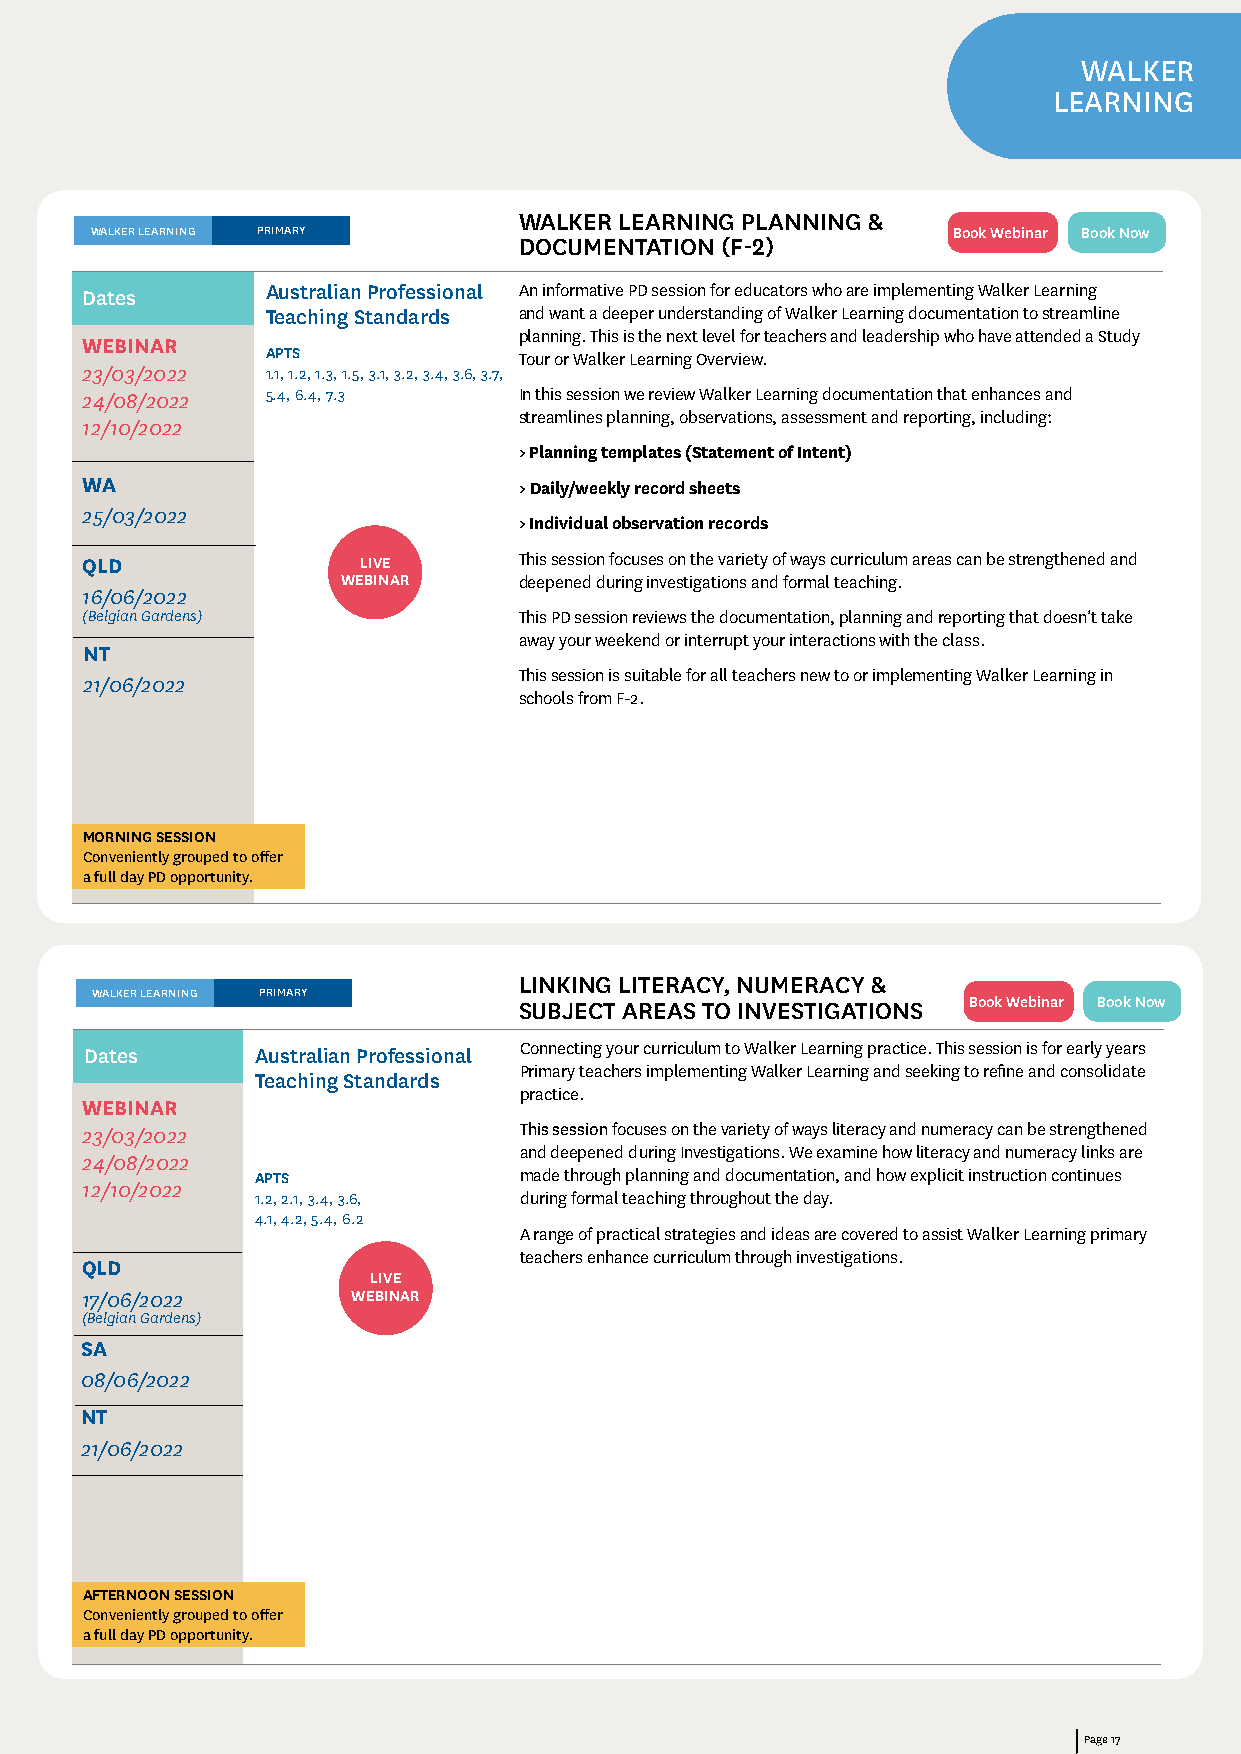
WALKER
 LEARNING
 WALKER LEARNING PLANNING &
 WALKER LEARNING PRIMARY                                  Book Webinar Book Now
 DOCUMENTATION (F-2)
 Dates        Australian Professional An informative PD session for educators who are implementing Walker Learning
 Teaching Standards and want a deeper understanding of Walker Learning documentation to streamline
 planning. This is the next level for teachers and leadership who have attended a Study
 WEBINAR
 APTS            Tour or Walker Learning Overview.
 23/03/2022   1.1, 1.2, 1.3, 1.5, 3.1, 3.2, 3.4, 3.6, 3.7,
 24/08/2022   5.4, 6.4, 7.3   In this session we review Walker Learning documentation that enhances and
 streamlines planning, observations, assessment and reporting, including:
 12/10/2022
 > Planning templates (Statement of Intent)
 WA                           > Daily/weekly record sheets
 25/03/2022
 > Individual observation records
 QLD                LIVE      This session focuses on the variety of ways curriculum areas can be strengthened and
 WEBINAR    deepened during investigations and formal teaching.
 16/06/2022
 (Belgian Gardens)            This PD session reviews the documentation, planning and reporting that doesn’t take
 away your weekend or interrupt your interactions with the class.
 NT
 This session is suitable for all teachers new to or implementing Walker Learning in
 21/06/2022
 schools from F-2.
 MORNING SESSION
 Conveniently grouped to offer
 a full day PD opportunity.
 LINKING LITERACY, NUMERACY &
 WALKER LEARNING PRIMARY
 SUBJECT AREAS TO INVESTIGATIONS Book Webinar Book Now
 Dates      Australian Professional Connecting your curriculum to Walker Learning practice. This session is for early years
 Primary teachers implementing Walker Learning and seeking to refine and consolidate
 Teaching Standards
 practice.
 WEBINAR
 23/03/2022                   This session focuses on the variety of ways literacy and numeracy can be strengthened
 and deepened during Investigations. We examine how literacy and numeracy links are
 24/08/2022
 APTS             made through planning and documentation, and how explicit instruction continues
 12/10/2022
 1.2, 2.1, 3.4, 3.6, during formal teaching throughout the day.
 4.1, 4.2, 5.4, 6.2
 A range of practical strategies and ideas are covered to assist Walker Learning primary
 teachers enhance curriculum through investigations.
 QLD
 LIVE
 17/06/2022        WEBINAR
 (Belgian Gardens)
 SA
 08/06/2022
 NT
 21/06/2022
 AFTERNOON SESSION
 Conveniently grouped to offer
 a full day PD opportunity.
 Page 17